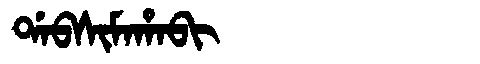
Manchu: ᡩᠠᠪᠰᡳᠮᠠᡥᠠᠪᡳ
Romanization: DABSIMAHABI